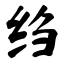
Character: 绉